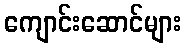
ကျောင်းဆောင်များ